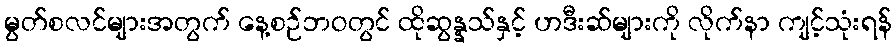
မွတ်စလင်များအတွက် နေ့စဉ်ဘဝတွင် ထိုဆွန္နသ်နှင့် ဟဒီးဆ်များကို လိုက်နာ ကျင့်သုံးရန်